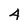
Character: 4